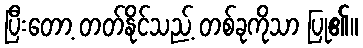
ပြီးတော့ တတ်နိုင်သည့် တစ်ခုကိုသာ ပြု၏။